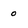
Character: 0